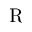
\mathrm { R }